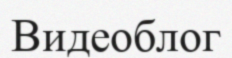
Видеоблог